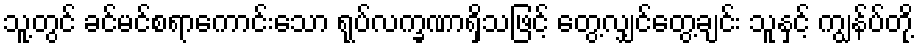
သူ့တွင် ခင်မင်စရာကောင်းသော ရုပ်လက္ခဏာရှိသဖြင့် တွေ့လျှင်တွေ့ချင်း သူနှင့် ကျွန်ပ်တို့